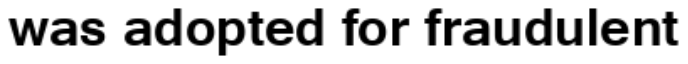
was adopted for fraudulent